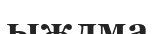
ыжлма